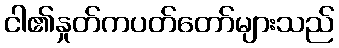
ငါ၏နှုတ်ကပတ်တော်များသည်